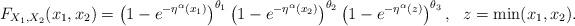
LaTeX: \begin{align*}F_{X_{1},X_{2}}(x_{1},x_{2})=\left( 1-e^{-\eta ^{\alpha }(x_{1})}\right)^{\theta _{1}}\left( 1-e^{-\eta ^{\alpha }(x_{2})}\right) ^{\theta_{2}}\left( 1-e^{-\eta ^{\alpha }(z)}\right) ^{\theta _{3}},\ \ z=\min(x_{1},x_{2}).\ \end{align*}